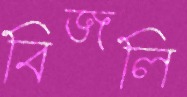
বিজলি